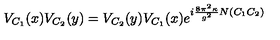
V _ { C _ { 1 } } ( x ) V _ { C _ { 2 } } ( y ) = V _ { C _ { 2 } } ( y ) V _ { C _ { 1 } } ( x ) e ^ { i \frac { 8 \pi ^ { 2 } \kappa } { g ^ { 2 } } N ( C _ { 1 } C _ { 2 } ) }